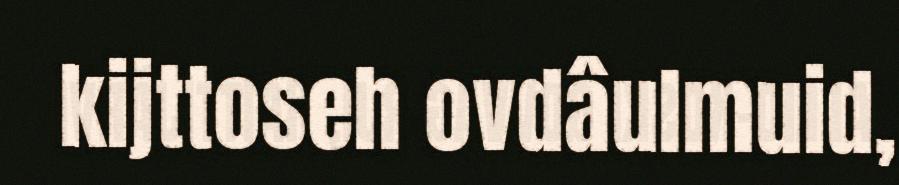
kijttoseh ovdâulmuid,